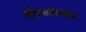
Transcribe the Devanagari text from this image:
गोरखप्रसाद